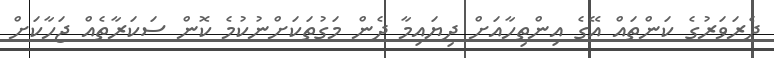
ދެރަވަރުގެ ކަންތައް އޭގެ އިންތިހާއަށް ދިޔައިމާ ދެން މަގުތަކަށްނުކުމެ ކޮން ސަކަރާތެއް ޖަހާކަށް